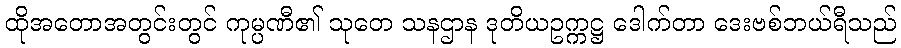
ထိုအတောအတွင်းတွင် ကုမ္ပဏီ၏ သုတေ သနဌာန ဒုတိယဥက္ကဋ္ဌ ဒေါက်တာ ဒေးဗစ်ဘယ်ရီသည်